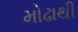
મોઢાથી